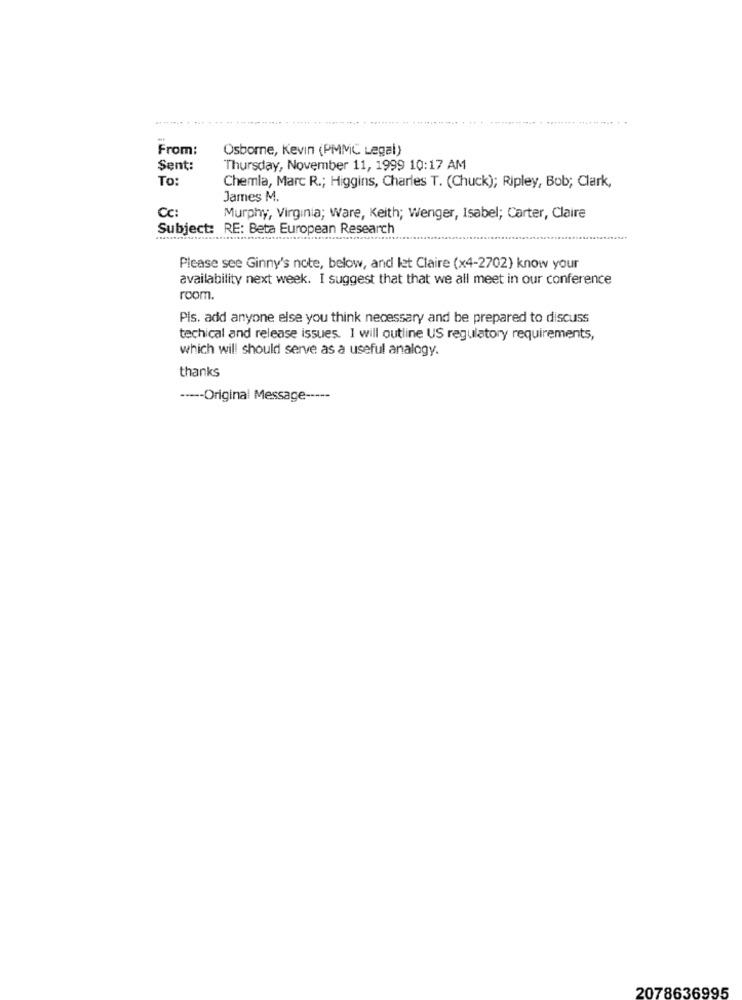
From:
Osborne, Kevin (PMMC Legal)
Sent:
Thursday, November 11, 1999 10:17 AM
To:
Chemla, Marc R .; Higgins, Charles T. (Chuck); Ripley, Bob; Clark,
James M.
Cc:
Murphy, Virginia; Ware, Keith; Wenger, Isabel; Carter, Claire
Subject: RE: Beta European Research
Please see Ginny's note, below, and let Claire (x4-2702) know your
availability next week. I suggest that that we all meet in our conference
room.
Pis. add anyone else you think necessary and be prepared to discuss
techical and release issues. I will outline US regulatory requirements,
which will should serve as a useful analogy.
thanks
----- Original Message -----
2078636995